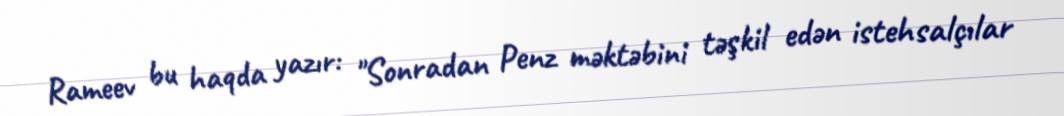
Rameev bu haqda yazır: "Sonradan Penz məktəbini təşkil edən istehsalçılar